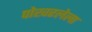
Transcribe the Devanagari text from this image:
पोखरलेला